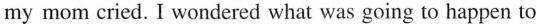
my mom cried. I wendered what was going to happen to